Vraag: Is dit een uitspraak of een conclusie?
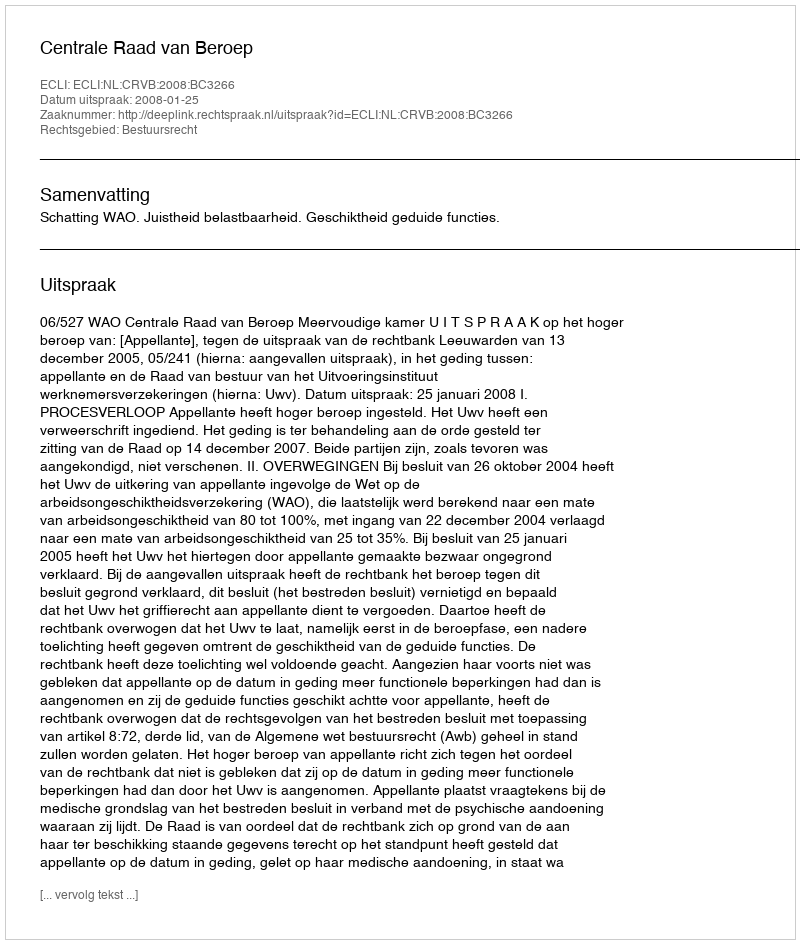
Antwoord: Uitspraak